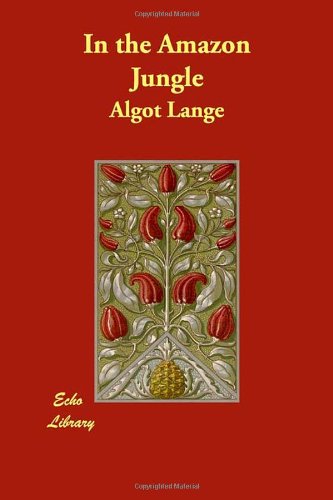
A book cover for In the Amazon Jungle; Algot Lange; Travel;